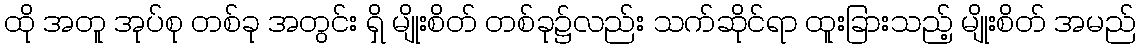
ထို အတူ အုပ်စု တစ်ခု အတွင်း ရှိ မျိုးစိတ် တစ်ခု၌လည်း သက်ဆိုင်ရာ ထူးခြားသည့် မျိုးစိတ် အမည်